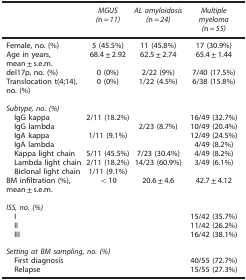
|  | MGUS (n=11) | AL amyloidosis (n=24) | Multiple myeloma (n=55) |
 | --- | --- | --- | --- |
 | Female, no. (%) | 5 (45.5%) | 11 (45.8%) | 17 (30.9%) |
 | Age in years, mean±s.e.m. | 68.4±2.92 | 62.5±2.74 | 65.4±1.44 |
 | del17p, no. (%) | 0 (0%) | 2/22 (9%) | 7/40 (17.5%) |
 | Translocation t(4;14), no. (%) | 0 (0%) | 1/22 (4.5%) | 6/38 (15.8%) |
 | <COLSPAN=4>  |
 | <COLSPAN=4> Subtype, no. (%) |
 | IgG kappa | 2/11 (18.2%) |  | 16/49 (32.7%) |
 | IgG lambda |  | 2/23 (8.7%) | 10/49 (20.4%) |
 | IgA kappa | 1/11 (9.1%) |  | 12/49 (24.5%) |
 | IgA lambda |  |  | 4/49 (8.2%) |
 | Kappa light chain | 5/11 (45.5%) | 7/23 (30.4%) | 4/49 (8.2%) |
 | Lambda light chain | 2/11 (18.2%) | 14/23 (60.9%) | 3/49 (6.1%) |
 | Biclonal light chain | 1/11 (9.1%) |  |  |
 | BM infiltration (%), mean±s.e.m. | <10 | 20.6±4.6 | 42.7±4.12 |
 | <COLSPAN=4>  |
 | <COLSPAN=4> ISS, no. (%) |
 | I |  |  | 15/42 (35.7%) |
 | II |  |  | 11/42 (26.2%) |
 | III |  |  | 16/42 (38.1%) |
 | <COLSPAN=4>  |
 | <COLSPAN=4> Setting at BM sampling, no. (%) |
 | First diagnosis |  |  | 40/55 (72.7%) |
 | Relapse |  |  | 15/55 (27.3%) |